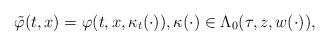
LaTeX: \begin{align*}\tilde{\varphi}(t,x) = \varphi(t,x,\kappa_t(\cdot)),\kappa(\cdot) \in \Lambda_0(\tau,z,w(\cdot)),\end{align*}